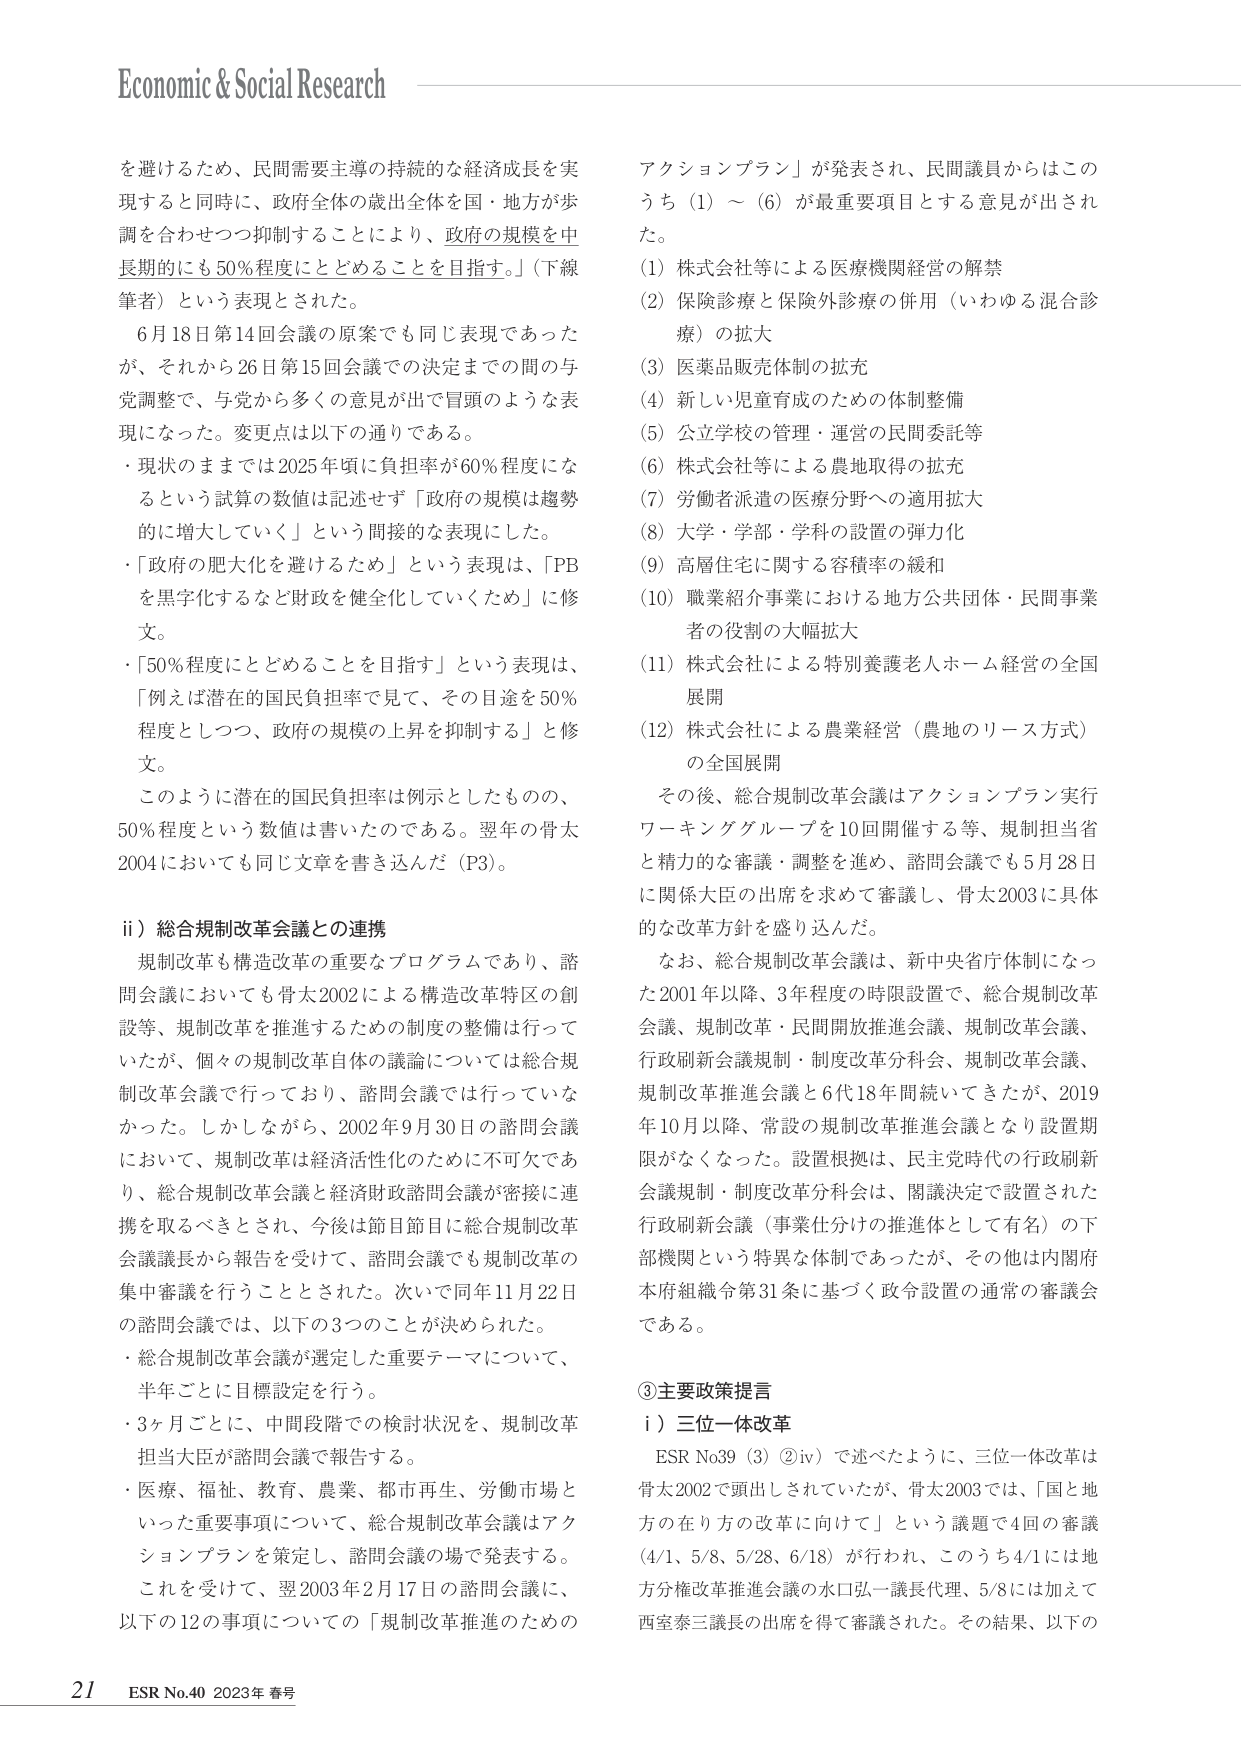
Economic & Social Research

を避けるため、民間需要主導の持続的な経済成長を実現すると同時に、政府全体の歳出全体を国・地方が歩調を合わせてつづ抑制することにより、政府の規模を中長期的にも50%程度にとどめることを目指す。」（下線筆者）という表現とされた。

6月18日第14回会議の原案でも同じ表現であったが、それから26日第15回会議での決定までの間の与党調整で、与党から多くの意見が出で冒頭のような表現になった。変更点は以下の通りである。

・現状のままでは2025年頃に負担率が60%程度になるという試算の数値は記述せず「政府の規模は趨勢的に増大していく」という間接的な表現にした。

・「政府の肥大化を避けるため」という表現は、「PBを黒字化するなど財政を健全化していくため」に修文。

・「50%程度にとどめることを目指す」という表現は、「例えば潜在的国民負担率で見て、その目途を50%程度としつつ、政府の規模の上昇を抑制する」と修文。

このように潜在的国民負担率は例示としたものの、50%程度という数値は書いたのである。翌年の骨太2004においても同じ文章を書き込んだ（P3）。

ii）総合規制改革会議との連携

規制改革も構造改革の重要なプログラムであり、諮問会議においても骨太2002による構造改革特区の創設等、規制改革を推進するための制度の整備は行っていたが、個々の規制改革自体の議論については総合規制改革会議で行っており、諮問会議では行っていなかった。しかしながら、2002年9月30日の諮問会議において、規制改革は経済活性化のために不可欠であり、総合規制改革会議と経済財政諮問会議が密接に連携を取るべきとされ、今後は節目節目に総合規制改革会議議長から報告を受けて、諮問会議でも規制改革の集中審議を行うこととされた。次いで同年11月22日の諮問会議では、以下の3つのことが決められた。

・総合規制改革会議が選定した重要テーマについて、半年ごとに目標設定を行う。

・3ヶ月ごとに、中間段階での検討状況を、規制改革担当大臣が諮問会議で報告する。

・医療、福祉、教育、農業、都市再生、労働市場といった重要事項について、総合規制改革会議はアクションプランを策定し、諮問会議の場で発表する。

これを受けて、翌2003年2月17日の諮問会議に、以下の12の事項についての「規制改革推進のための

アクションプラン」が発表され、民間議員からはこのうち（1）～（6）が最重要項目とする意見が出された。

（1）株式会社等による医療機関経営の解禁

（2）保険診療と保険外診療の併用（いわゆる混合診療）の拡大

（3）医薬品販売体制の拡充

（4）新しい児童育成のための体制整備

（5）公立学校の管理・運営の民間委託等

（6）株式会社等による農地取得の拡充

（7）労働者派遣の医療分野への適用拡大

（8）大学・学部・学科の設置の弾力化

（9）高層住宅に関する容積率の緩和

（10）職業紹介事業における地方公共団体・民間事業者の役割の大幅拡大

（11）株式会社による特別養護老人ホーム経営の全国展開

（12）株式会社による農業経営（農地のリース方式）の全国展開

その後、総合規制改革会議はアクションプラン実行ワーキンググループを10回開催する等、規制担当省と精力的な審議・調整を進め、諮問会議でも5月28日に関係大臣の出席を求めて審議し、骨太2003に具体的な改革方針を盛り込んだ。

なお、総合規制改革会議は、新中央省庁体制になった2001年以降、3年程度の時限設置で、総合規制改革会議、規制改革・民間開放推進会議、規制改革会議、行政刷新会議規制・制度改革分科会、規制改革会議、規制改革推進会議と6代18年間続いてきたが、2019年10月以降、常設の規制改革推進会議となり設置期限がなくなった。設置根拠は、民主党時代の行政刷新会議規制・制度改革分科会は、閣議決定で設置された行政刷新会議（事業仕分けの推進体として有名）の下部機関という特異な体制であったが、その他は内閣府本府組織令第31条に基づく政令設置の通常の審議会である。

③主要政策提言

i）三位一体改革

ESR No39（3）②iv）で述べたように、三位一体改革は骨太2002で頭出しされていたが、骨太2003では、「国と地方の在り方の改革に向けて」という議題で4回の審議（4/1、5/8、5/28、6/18）が行われ、このうち4/1には地方分権改革推進会議の水口弘一議長代理、5/8には加えて西室泰三議長の出席を得て審議された。その結果、以下の

21 ESR No.40 2023年 春号